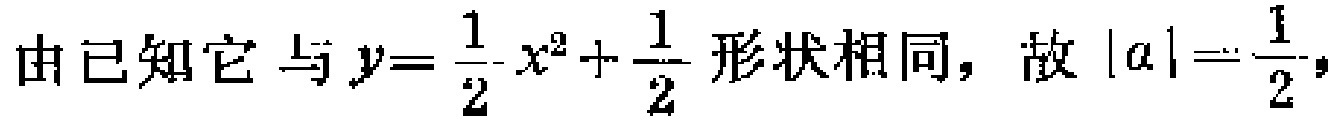
由已知它与$y = \frac{1}{2}x^{2}+\frac{1}{2}$形状相同，故$|a|=\frac{1}{2}$，